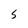
Character: S